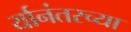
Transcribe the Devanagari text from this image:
र्यानंतरच्या